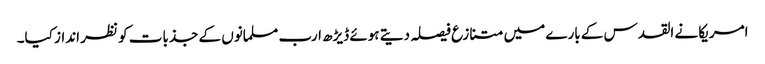
امریکا نے القدس کے بارے میں متنازع فیصلہ دیتے ہوئے ڈیڑھ ارب مسلمانوں کے جذبات کو نظر انداز کیا۔